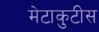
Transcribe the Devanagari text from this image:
मेटाकुटीस